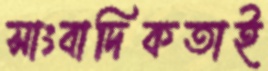
সাংবাদিকতাই